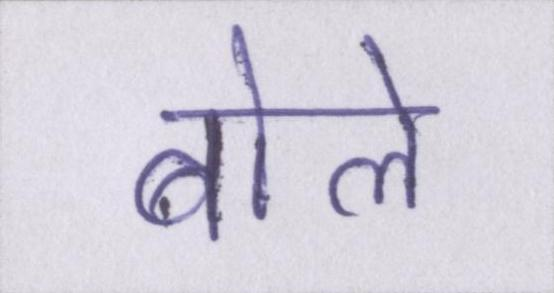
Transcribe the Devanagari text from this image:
बोले